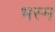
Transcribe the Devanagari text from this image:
भस्‍म